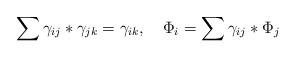
LaTeX: \begin{align*}\sum \gamma_{ij}*\gamma_{jk}=\gamma_{ik},\quad\Phi_i= \sum \gamma_{ij} * \Phi_j\end{align*}